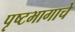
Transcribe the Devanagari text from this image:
पृष्टभागाचे